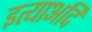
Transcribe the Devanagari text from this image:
इत्याअदि